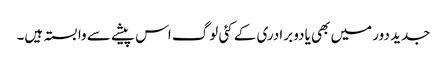
جدید دور میں بھی یادو برادری کے کئی لوگ اس پیشے سے وابستہ ہیں۔